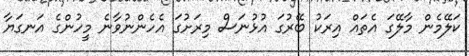
ކަލޭމެން މާލޭގަ އެތައް އިރަކު ބޭރުގަ އުޅުނަސް މިރަށުގަ އެހެންނުވާނެ މީހުންގެ އަނގަޔާ